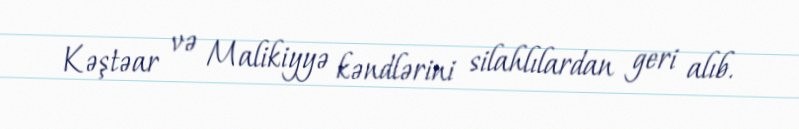
Kəştəar və Malikiyyə kəndlərini silahlılardan geri alıb.